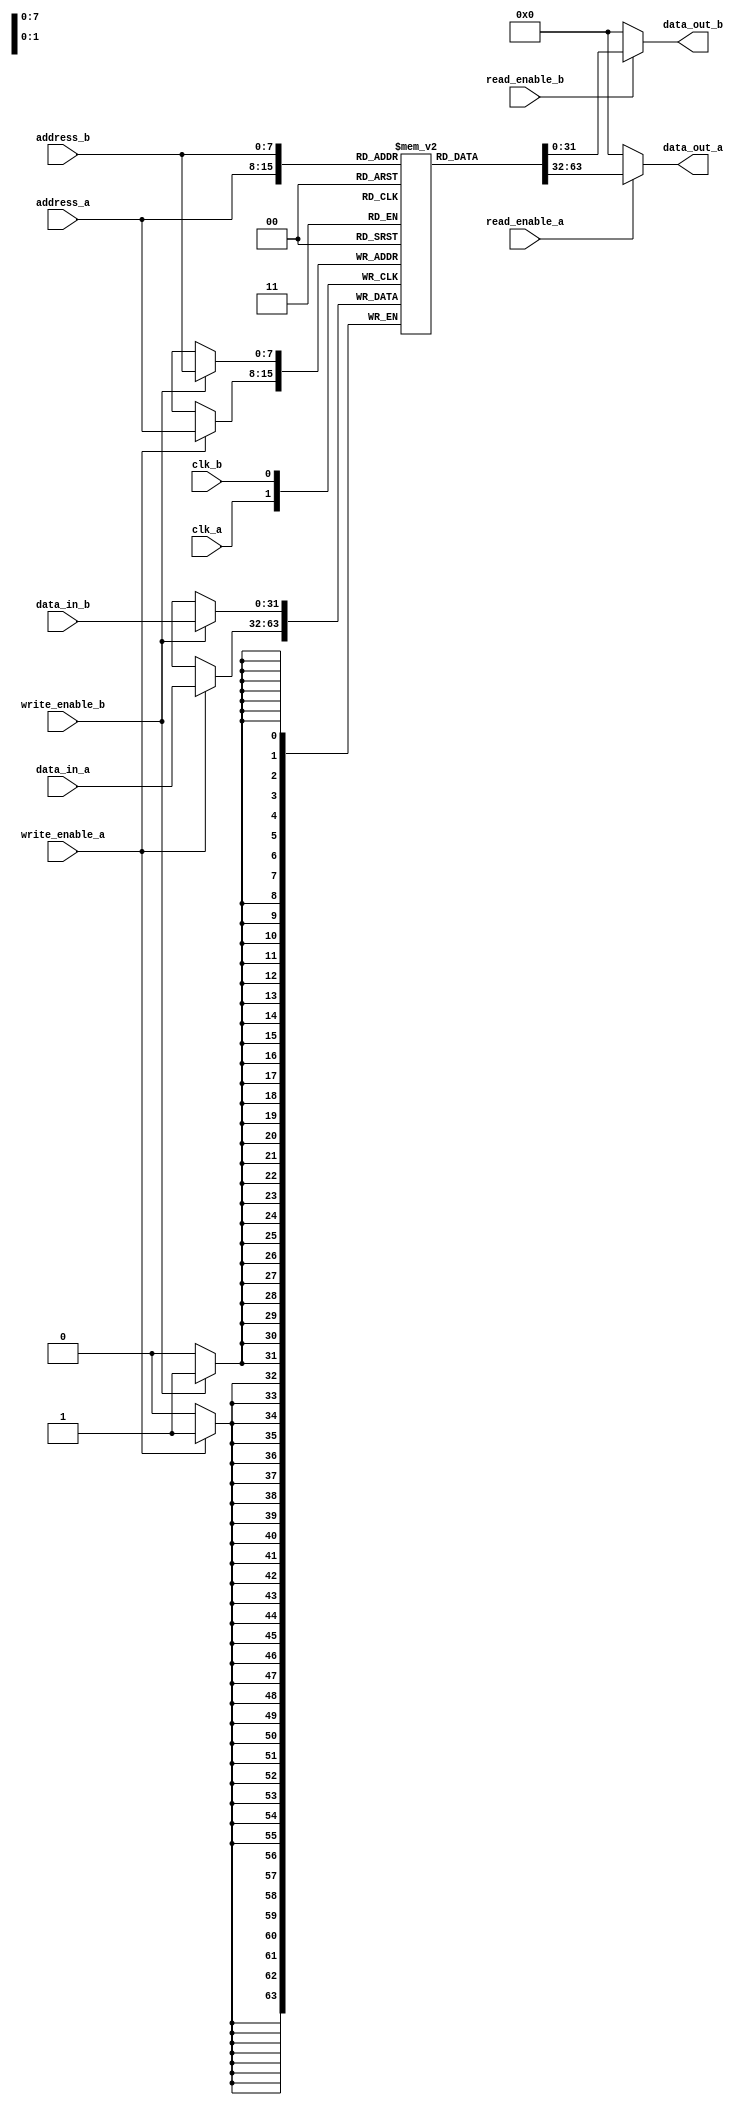
module DualPortedScratchpadMemory #(
    parameter DATA_WIDTH = 32,       // Width of each word (in bits)
    parameter ADDR_WIDTH = 8,        // Number of address bits
    parameter MEM_SIZE = 256          // Number of words in memory
)(
    // Port A
    input  wire                   clk_a,      // Clock for Port A (if needed, else remove)
    input  wire                   read_enable_a,
    input  wire                   write_enable_a,
    input  wire [ADDR_WIDTH-1:0] address_a,
    input  wire [DATA_WIDTH-1:0] data_in_a,
    output reg  [DATA_WIDTH-1:0] data_out_a,
    
    // Port B
    input  wire                   clk_b,      // Clock for Port B (if needed, else remove)
    input  wire                   read_enable_b,
    input  wire                   write_enable_b,
    input  wire [ADDR_WIDTH-1:0] address_b,
    input  wire [DATA_WIDTH-1:0] data_in_b,
    output reg  [DATA_WIDTH-1:0] data_out_b
);

// Memory array declaration
reg [DATA_WIDTH-1:0] memory [0:MEM_SIZE-1];

// Read and write operations for Port A
always @* begin
    data_out_a = {DATA_WIDTH{1'b0}}; // Default output to zero
    if (read_enable_a) begin
        data_out_a = memory[address_a]; // Read from memory
    end
end

always @(posedge clk_a) begin
    if (write_enable_a) begin
        memory[address_a] <= data_in_a; // Write to memory
    end
end

// Read and write operations for Port B
always @* begin
    data_out_b = {DATA_WIDTH{1'b0}}; // Default output to zero
    if (read_enable_b) begin
        data_out_b = memory[address_b]; // Read from memory
    end
end

always @(posedge clk_b) begin
    if (write_enable_b) begin
        memory[address_b] <= data_in_b; // Write to memory
    end
end

endmodule